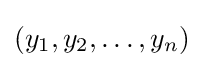
(y_{1},y_{2},\ldots ,y_{n})